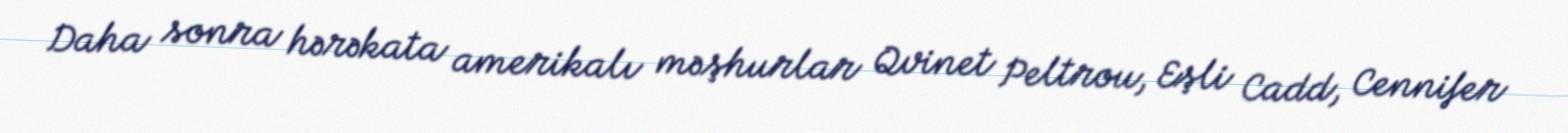
Daha sonra hərəkata amerikalı məşhurlar Qvinet Peltrou, Eşli Cadd, Cennifer